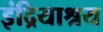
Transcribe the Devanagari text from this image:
इंद्रियाश्रय